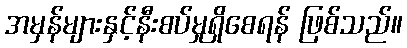
အမှန်များနှင့်နီးစပ်မှုရှိစေရန် ဖြစ်သည်။